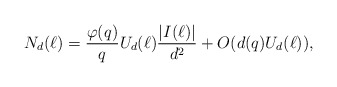
\begin{align*}N_d(\ell)=\frac{\varphi(q)}{q}U_d(\ell)\dfrac{\left|I(\ell)\right|}{d^2}+O(d(q)U_d(\ell)),\end{align*}